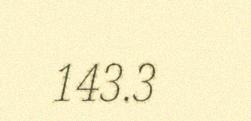
143.3